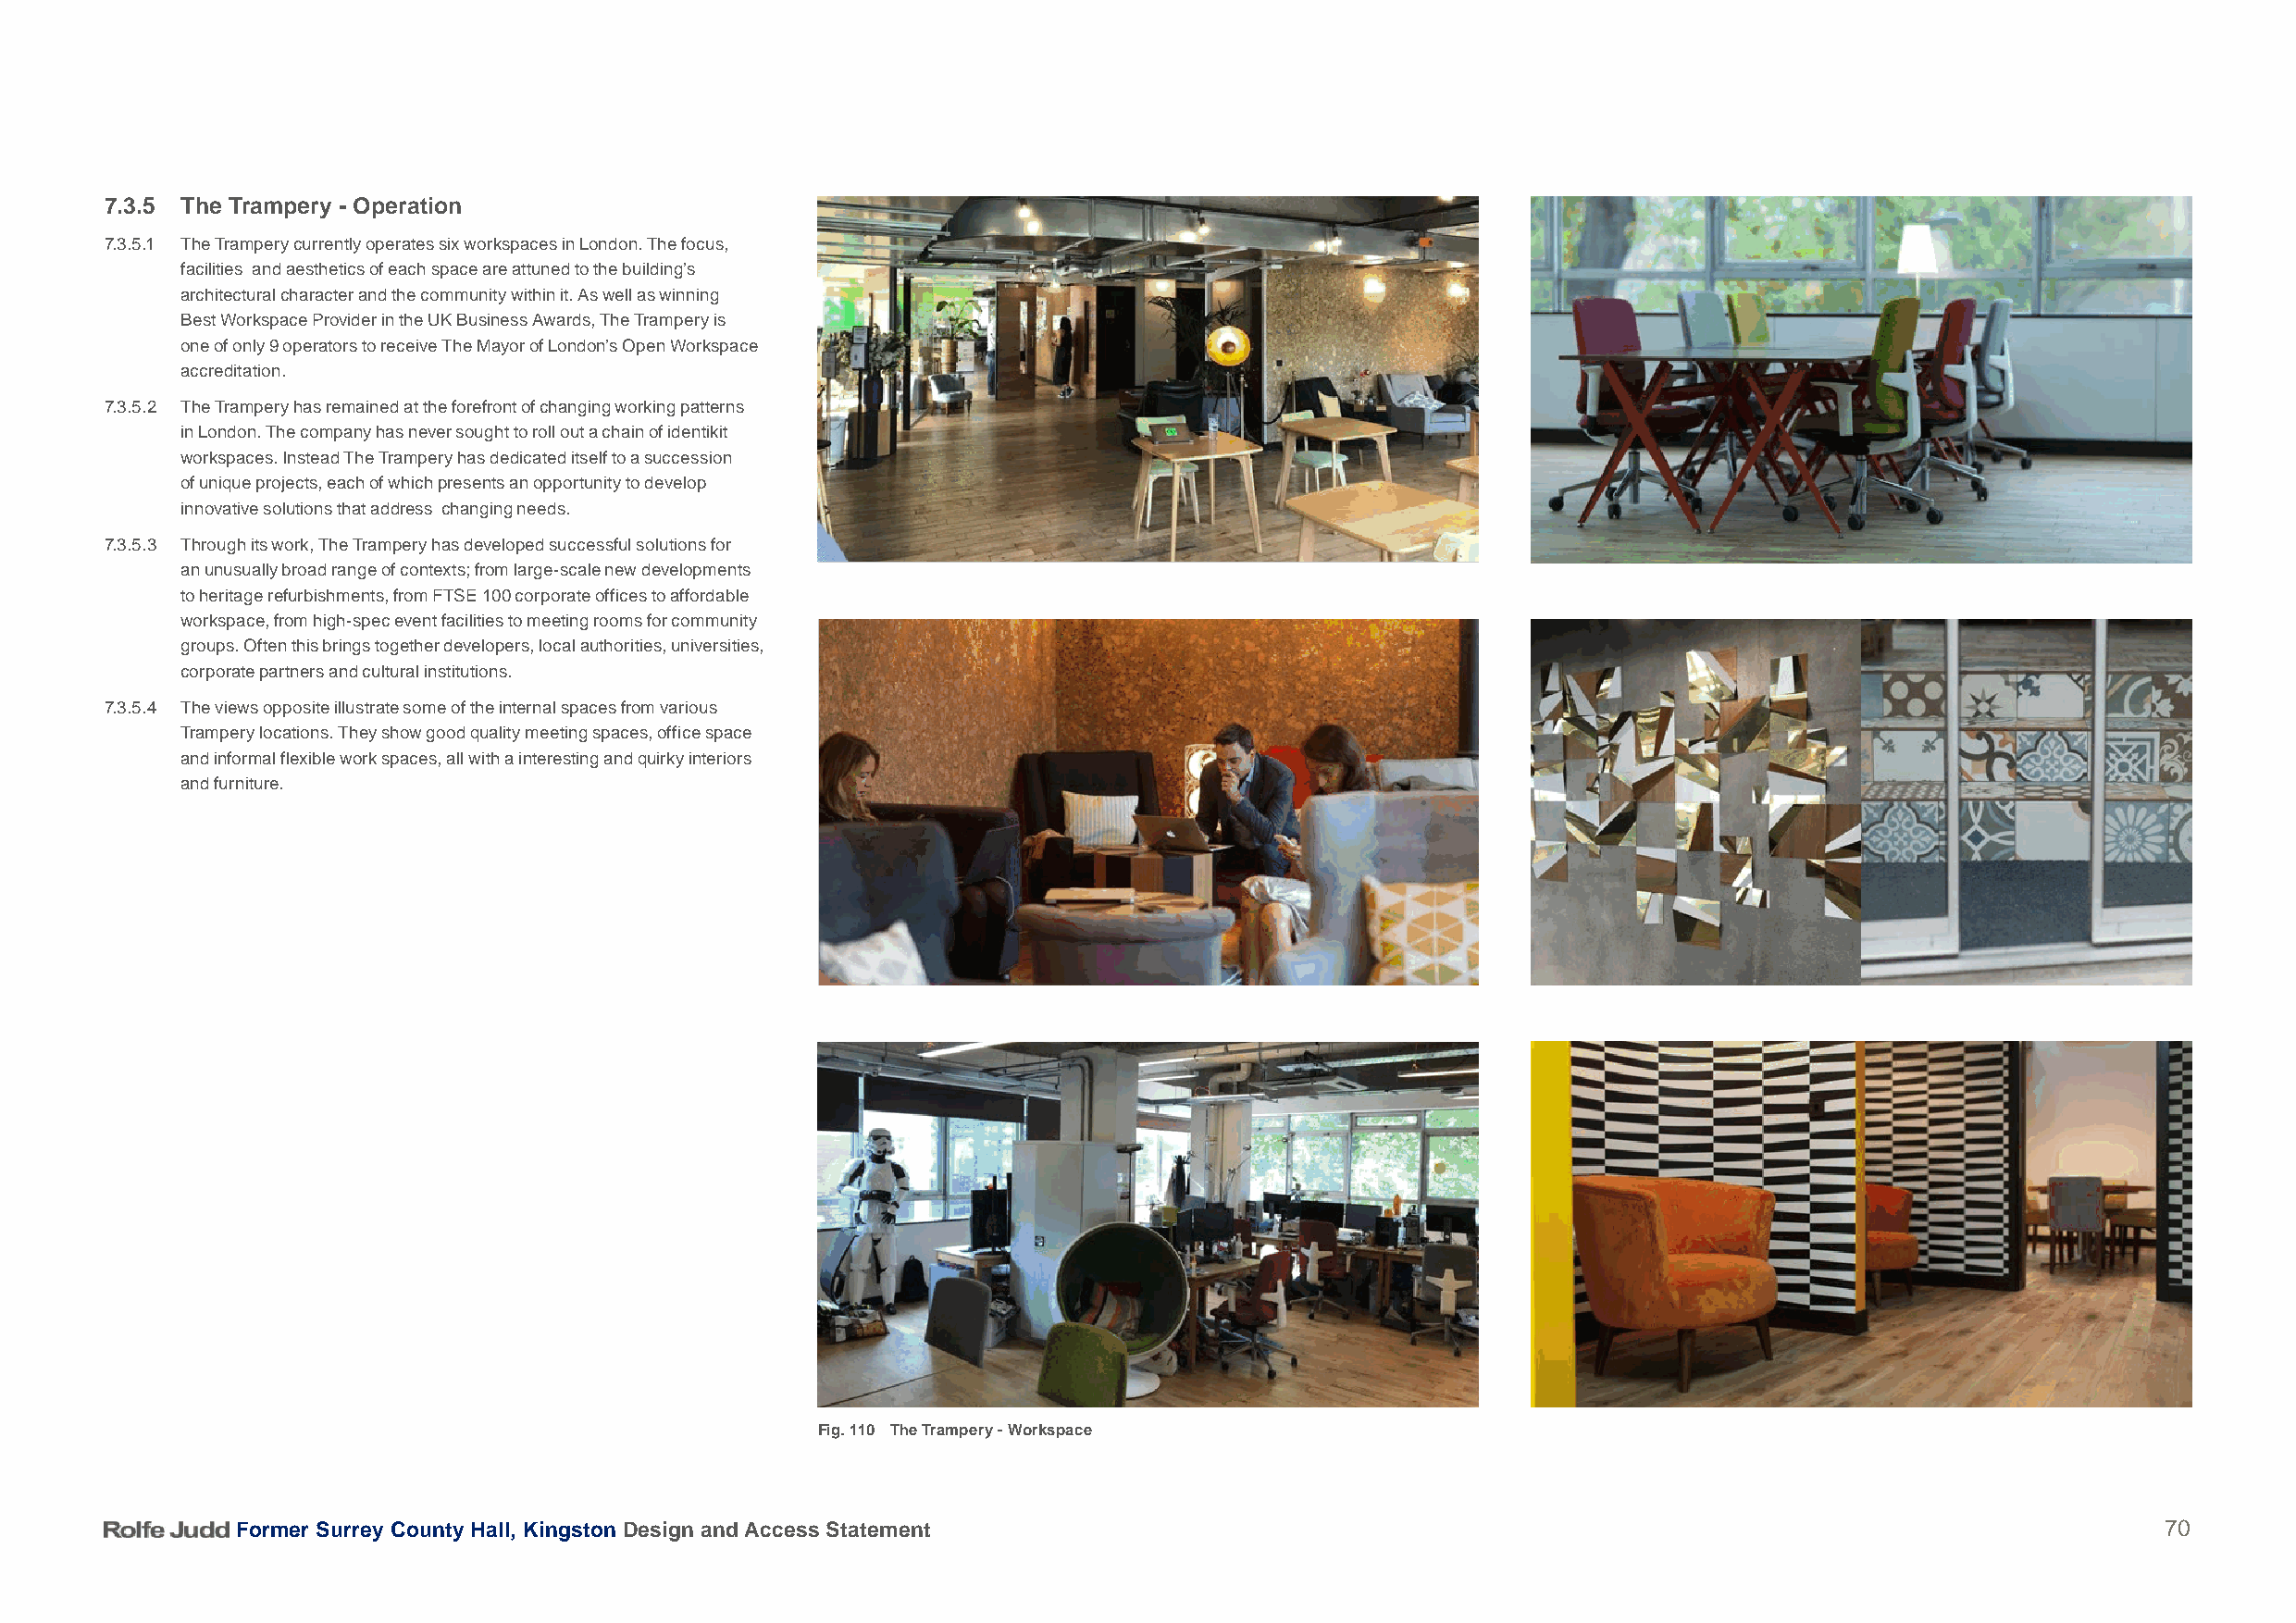
7.3.5 The Trampery - Operation
 7.3.5.1 The Trampery currently operates six workspaces in London. The focus,
 facilities and aesthetics of each space are attuned to the building’s
 architectural character and the community within it. As well as winning
 Best Workspace Provider in the UK Business Awards, The Trampery is
 one of only 9 operators to receive The Mayor of London’s Open Workspace
 accreditation.
 7.3.5.2 The Trampery has remained at the forefront of changing working patterns
 in London. The company has never sought to roll out a chain of identikit
 workspaces. Instead The Trampery has dedicated itself to a succession
 of unique projects, each of which presents an opportunity to develop
 innovative solutions that address changing needs.
 7.3.5.3 Through its work, The Trampery has developed successful solutions for
 an unusually broad range of contexts; from large-scale new developments
 to heritage refurbishments, from FTSE 100 corporate offices to affordable
 workspace, from high-spec event facilities to meeting rooms for community
 groups. Often this brings together developers, local authorities, universities,
 corporate partners and cultural institutions.
 7.3.5.4 The views opposite illustrate some of the internal spaces from various
 Trampery locations. They show good quality meeting spaces, office space
 and informal flexible work spaces, all with a interesting and quirky interiors
 and furniture.
 Fig. 110 The Trampery - Workspace
 Former Surrey County Hall, Kingston Design and Access Statement                                                                           70